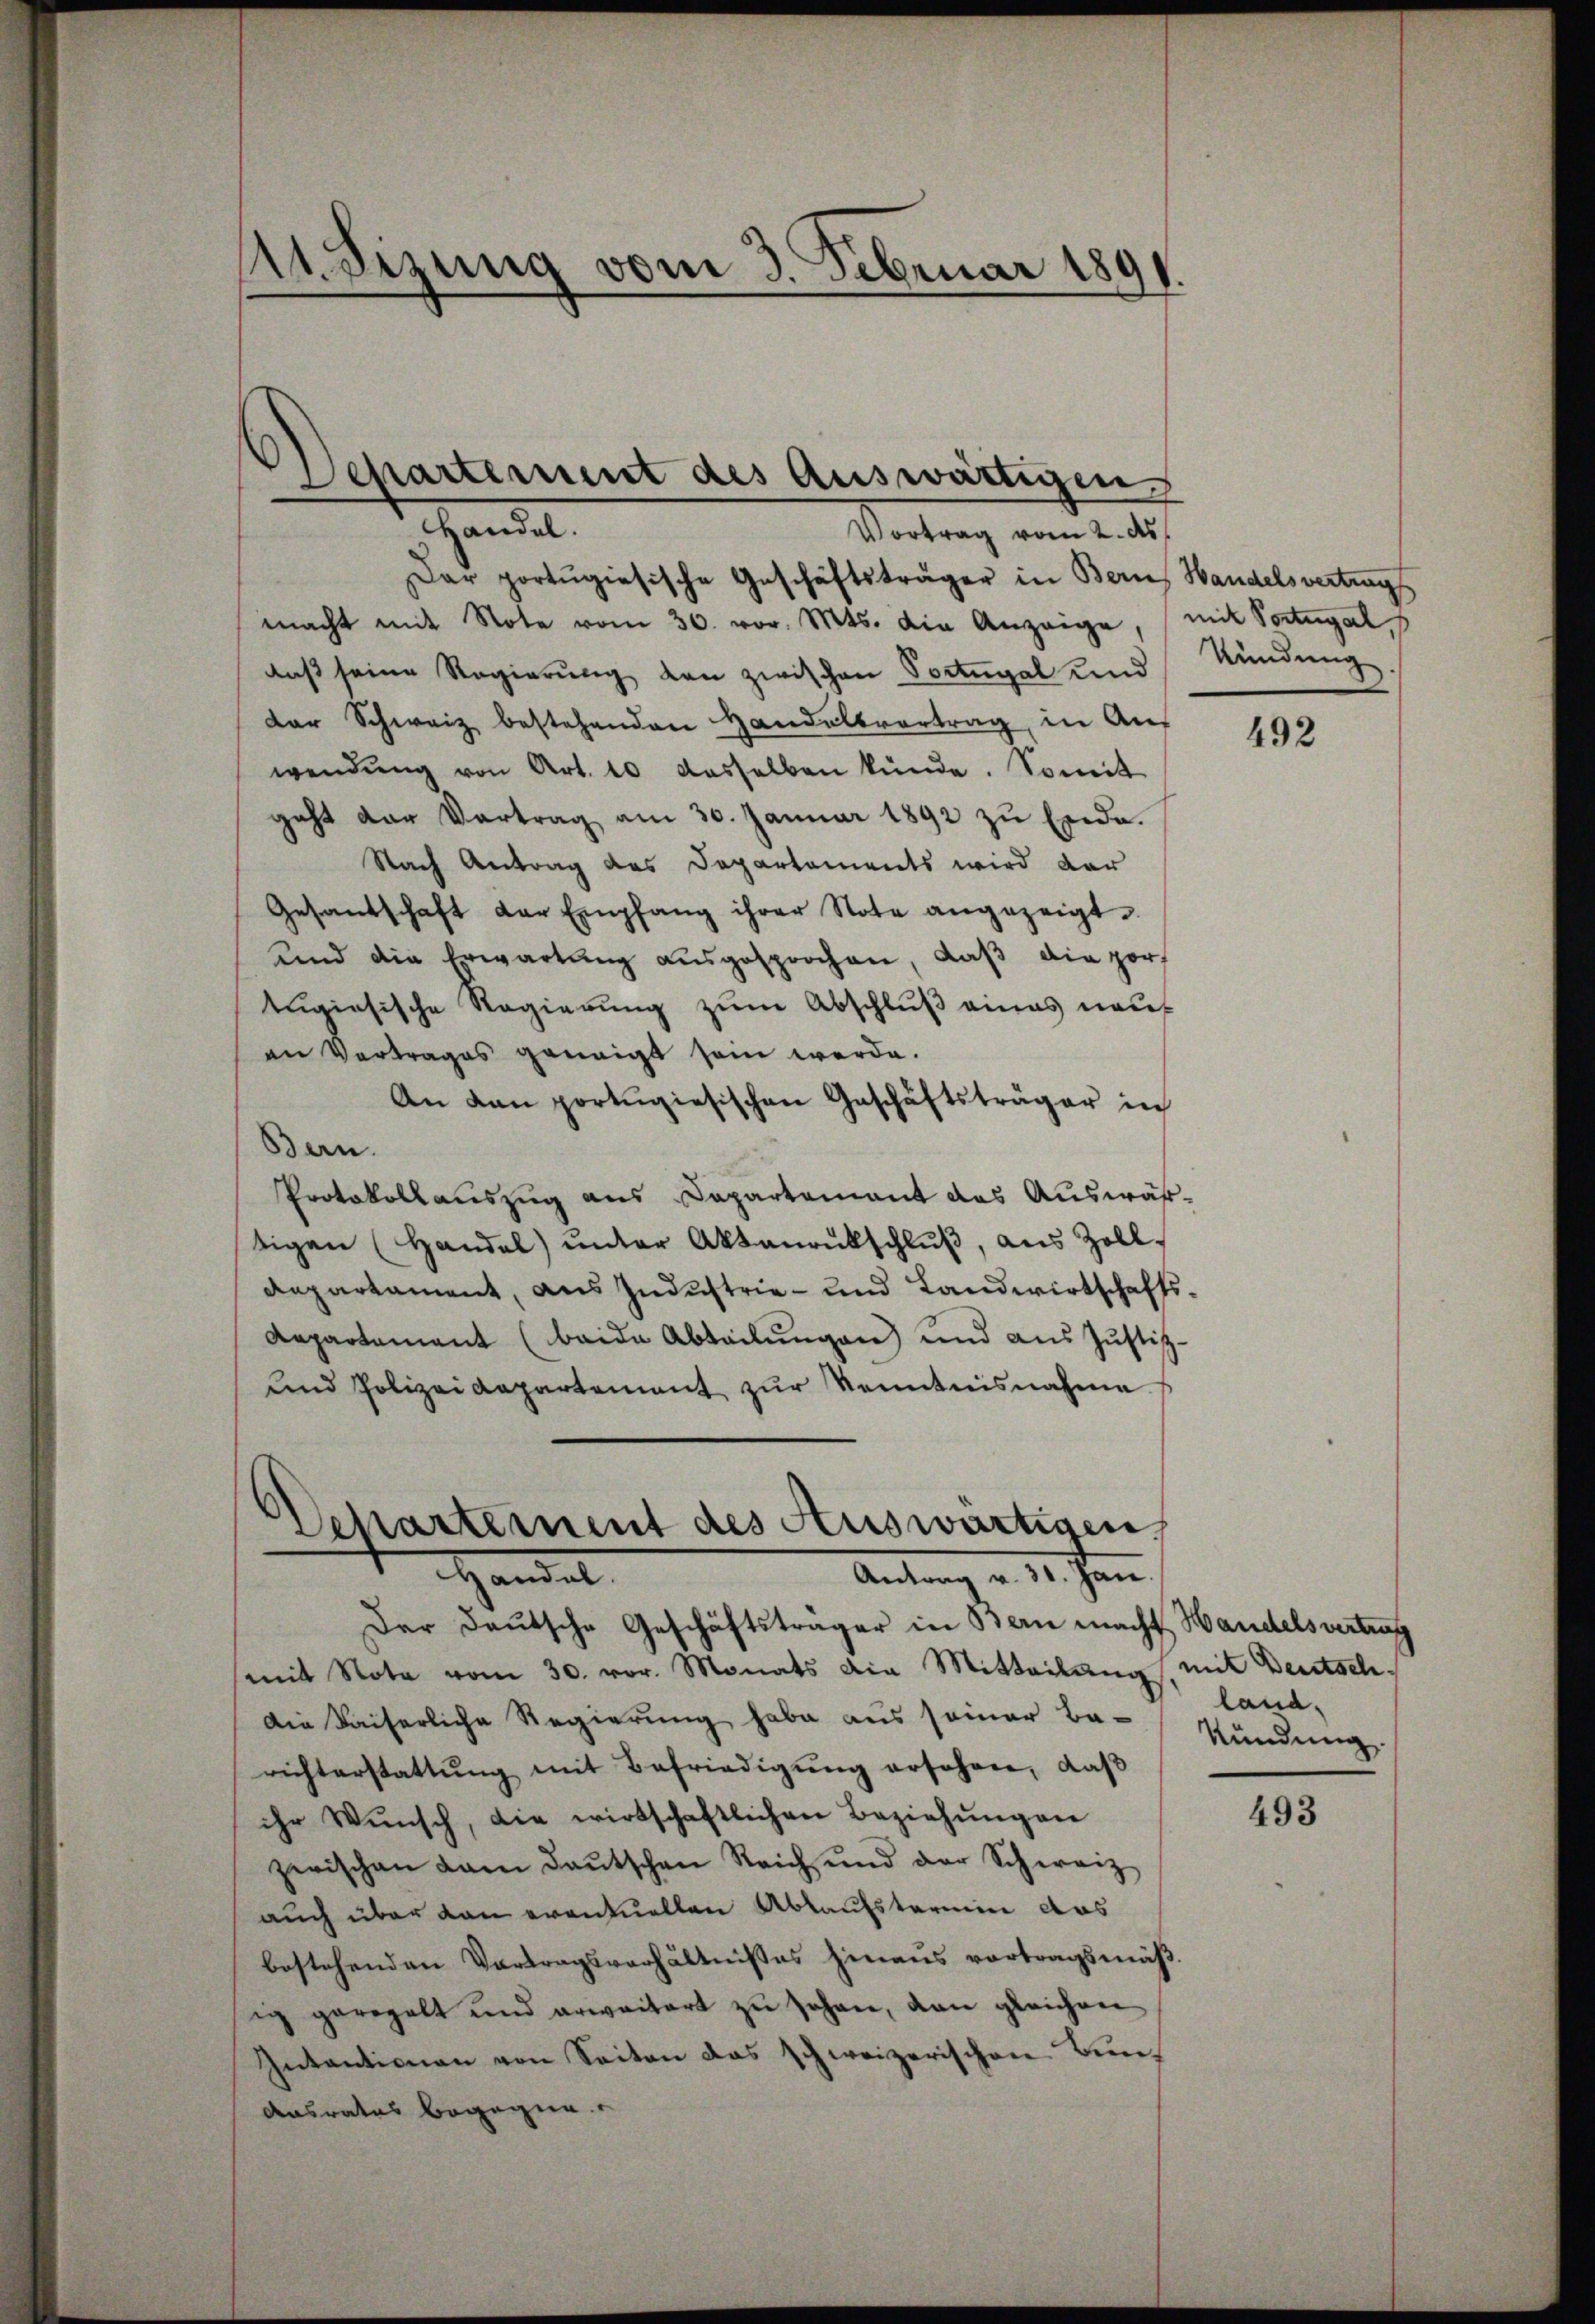
A Sizung vom 3. Februar 189

Dar portugisische Geschäftsträger in Bern, Handelsvertrags
macht mit Note vom 30. vor. Mts. die Anzeige, mit Portugal
daß seine Regierung den zwischen Portugal und
der Schweiz bestehenden Handelsvertrag, in Auf
wendŭng von Art. 10 dasselben künde. Somit
geht der Vertrag am 30. Januar 1892 zu Ende.
Nach Antrag des Departaments wird dar
Gesandschaft der Empfang ihrer Note angezeigt.
und die Erwartung aŭsgesprochen, daβ die por
tugisische Regierung zum Abschluß eines neue
an Vertrages genaigt sein werde.
An den portugiesischen Geschäftsträger in
Bern.
Protokollauszug aus Capartament das Auswähtigen (Handal) ŭnter Aktenantschlŭβ, aus Zoll-
Departament, aus Industrie- und Landwirtschafts¬
Repartement (beide Abteilŭngen und aus Justiz-
und Polizeidepartement zŭr Kenntnisnahme s

Departement des Auswärtigen.
Handel.
Vortrag vom 2. ds.

Departement des Auswärtigen,
Handel
Antrag v. 18. Jan.

Der Deutsche Geschäftsträger in Bern macht Handelsvertrag
mit Note vom 30. vor. Monats die Mitteilŭng, mit Deutsch-
Die Kaiserliche Regierung habe aus seiner Ba-
richterstattŭng mit Befriedigŭng ersehen, daß
ihr Wŭnsch, die wirtschaftlichen Beziehŭngen
zwischen kam deutschen Reich und der Schweiz
auch über dan eventuellen Ablaufstermin das
bestehenden Vortragsverhältnisses hinaus vortragsmäßig geregelt und erweitert zŭ sehen, dan gleichen
Intantionen von Seiten das schweizerischen Burch
Ausrates begegne

Kündung

492

land.
Kündung.

493